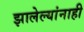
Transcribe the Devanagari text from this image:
झालेल्यांनाही